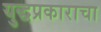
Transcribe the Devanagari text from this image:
युद्धप्रकाराचा